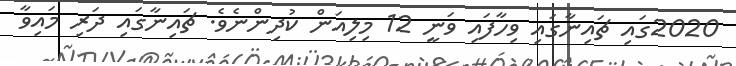
2020ގައި ޗައިނާގައި ވިހާފައި ވަނީ 12 މިލިއަން ކުދިންނެވެ. ޗައިނާގައި ދަރި މައިވާ